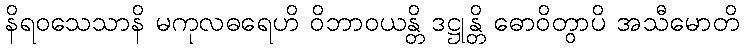
နိရဝသေသာနိ မကုလဓရေဟိ ဝိဘာဝယန္တိ ဒဋ္ဌုန္တိ ဓောဝိတွာပိ အသီမောတိ